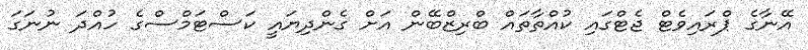
އޭނާގެ ޕްރައިވެޓް ޖެޓްގައި ކުއްތާތައް ބްރިޒްބޭން އަށް ގެންދިޔައީ ކަސްޓަމްސްގެ ހުއްދަ ނުނަގަ